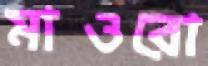
মাওরো